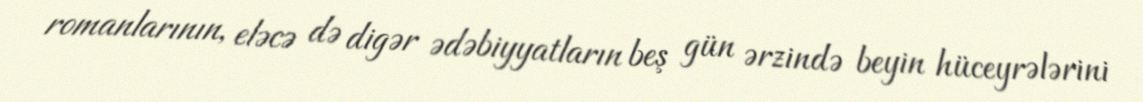
romanlarının, eləcə də digər ədəbiyyatların beş gün ərzində beyin hüceyrələrini